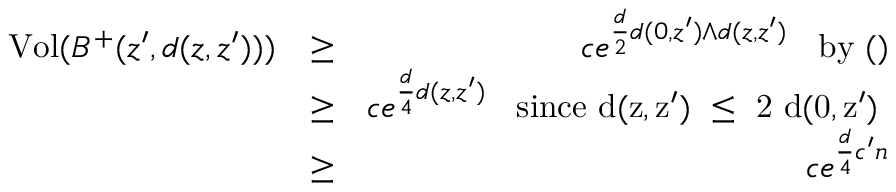
\begin{array} { r l r } { \mathrm { V o l } ( B ^ { + } ( z ^ { \prime } , d ( z , z ^ { \prime } ) ) ) } & { \geq } & { c e ^ { \frac { d } { 2 } d ( 0 , z ^ { \prime } ) \wedge d ( z , z ^ { \prime } ) } \; \; \mathrm { ~ b y ~ ( ) } } \\ & { \geq } & { c e ^ { \frac { d } { 4 } d ( z , z ^ { \prime } ) } \; \; \mathrm { ~ s i n c e ~ d ( z , z ' ) ~ \leq ~ 2 ~ d ( 0 , z ' ) ~ } } \\ & { \geq } & { c e ^ { \frac { d } { 4 } c ^ { \prime } n } } \end{array}